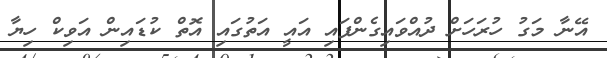
އޭނާ މަގު ހުރަހަށް ދުއްވައިގެންފައި އައީ އަތުގައި އޮތް ކުޑައިން އަވިކް ހިޔާ